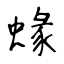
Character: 蝝